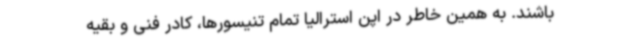
باشند. به همین خاطر در اپن استرالیا تمام تنیسورها، کادر فنی و بقیه